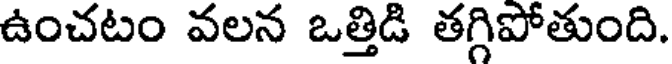
ఉంచటం వలన ఒత్తిడి తగ్గిపోతుంది.